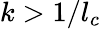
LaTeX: k>1/l_{c}